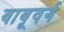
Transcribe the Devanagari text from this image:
बाबूवर्ग